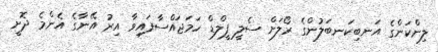
ލިންކަންގެ އަނބިކަނބަލުންގެ ރޯލަށް ސެލީ ފީލްޑް ހަމަޖައްސާފައިވާ އިރު އޭނާގެ އެންމެ ދޮށީ